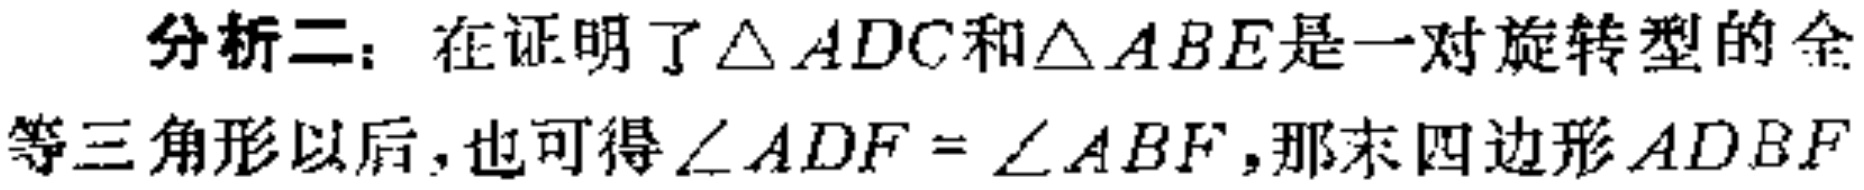
分析二：在证明了\(\triangle ADC\)和\(\triangle ABE\)是一对旋转型的全

等三角形以后，也可得\(\angle ADF = \angle ABF\)，那末四边形\(ADBF\)